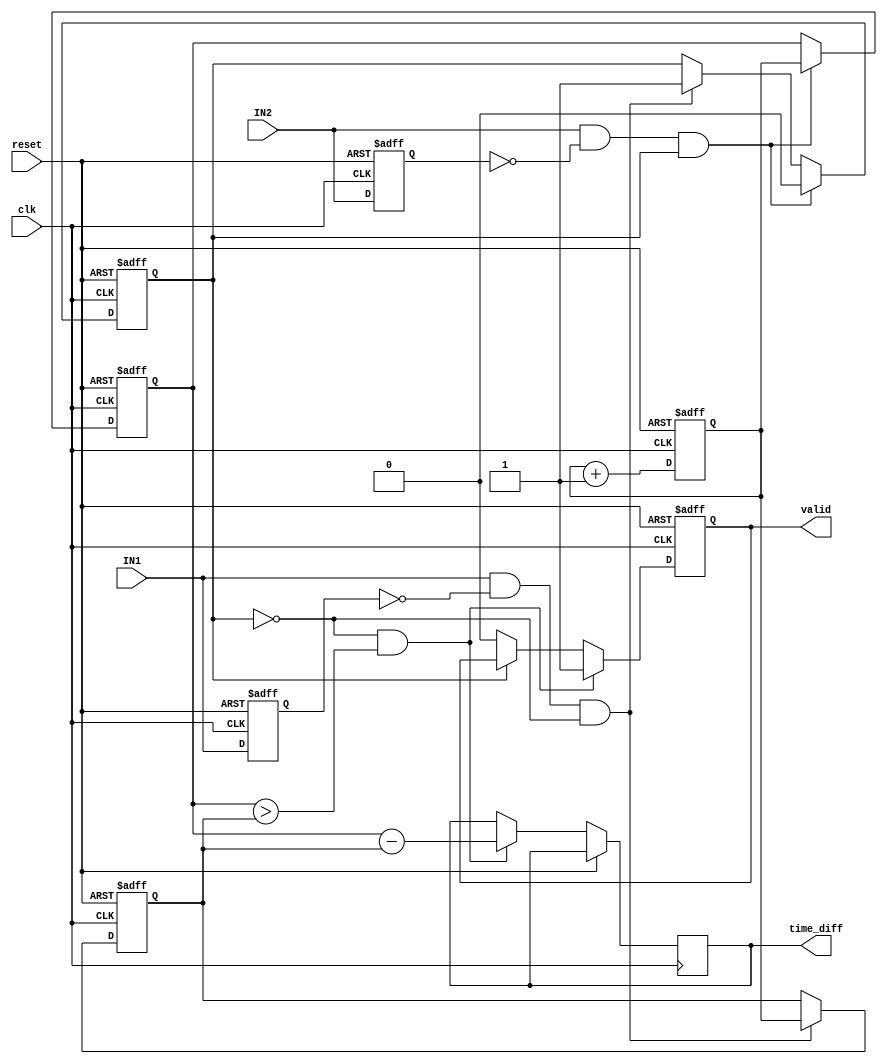
module single_shot_tdc (
    input wire clk,             // High-resolution clock
    input wire reset,           // Reset signal
    input wire IN1,            // Input channel 1
    input wire IN2,            // Input channel 2
    output reg [31:0] time_diff, // Output time difference
    output reg valid            // Valid output signal
);
    
    reg [31:0] counter;         // Time measurement counter
    reg [31:0] timestamp1;      // Timestamp for first edge
    reg [31:0] timestamp2;      // Timestamp for second edge
    reg capturing;              // Flag for capturing timestamps
    
    // Edge detection signals
    reg IN1_prev;
    reg IN2_prev;
    
    // State machine to manage edge detection
    always @(posedge clk or posedge reset) begin
        if (reset) begin
            counter <= 32'b0;
            timestamp1 <= 32'b0;
            timestamp2 <= 32'b0;
            valid <= 1'b0;
            capturing <= 1'b0;
            IN1_prev <= 1'b0;
            IN2_prev <= 1'b0;
        end else begin
            // Increment counter
            counter <= counter + 1;

            // Edge detection for IN1
            if (IN1 && !IN1_prev && !capturing) begin
                timestamp1 <= counter; // Capture the timestamp for the first edge
                capturing <= 1'b1;      // Start capturing mode
            end
            
            // Edge detection for IN2
            if (IN2 && !IN2_prev && capturing) begin
                timestamp2 <= counter; // Capture the timestamp for the second edge
                capturing <= 1'b0;     // Stop capturing mode
            end
            
            // Compute time difference when both edges are captured
            if (!capturing && (timestamp2 > timestamp1)) begin
                time_diff <= timestamp2 - timestamp1; // Calculate time difference
                valid <= 1'b1; // Set valid flag
            end else if (!capturing) begin
                valid <= 1'b0; // Reset valid flag if timestamp2 <= timestamp1
            end

            // Update previous inputs for edge detection
            IN1_prev <= IN1;
            IN2_prev <= IN2;
        end
    end

endmodule